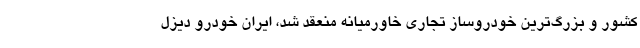
کشور و بزرگ‌ترین خودروساز تجاری خاورمیانه منعقد شد، ایران خودرو دیزل